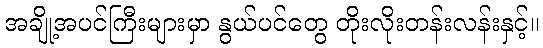
အချို့အပင်ကြီးများမှာ နွယ်ပင်တွေ တိုးလိုးတန်းလန်းနှင့်။